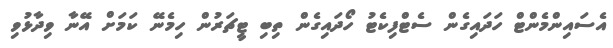
އެސައިންމެންޓް ހަދައިގެން ސެޓްފިކެޓު ހޯދައިގެން ތިބި ޓީޗަރުން ހިމެނޭ ކަމަށް އޭނާ ވިދާޅުވި